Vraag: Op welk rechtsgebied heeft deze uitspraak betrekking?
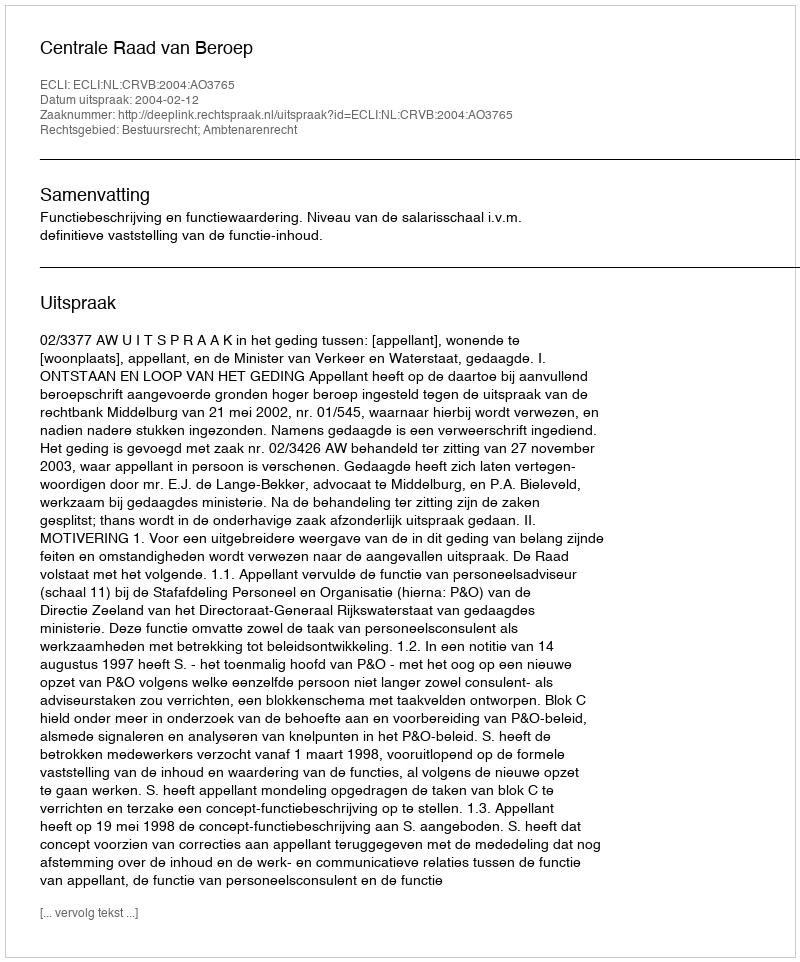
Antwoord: Bestuursrecht; Ambtenarenrecht